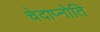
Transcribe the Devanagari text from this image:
चेदाप्नोति